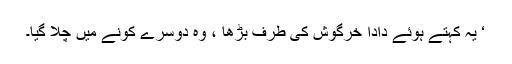
‘ یہ کہتے ہوئے دادا خرگوش کی طرف بڑھا ، وہ دوسرے کونے میں چلا گیا۔